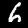
Digit: 6